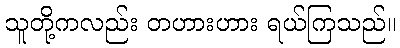
သူတို့ကလည်း တဟားဟား ရယ်ကြသည်။